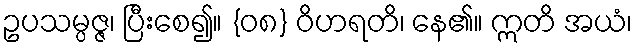
ဥပသမ္ပဇ္ဇ၊ ပြီးစေ၍။ {၀၈} ဝိဟရတိ၊ နေ၏။ ဣတိ အယံ၊